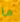
ما